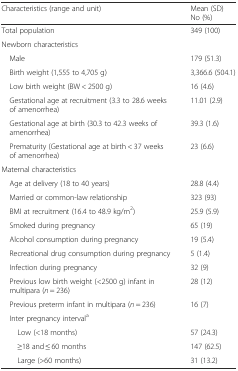
<table><thead><tr><td><b>Characteristics (range and unit)</b></td><td><b>Mean (SD)No (%)</b></td></tr></thead><tbody><tr><td>Total population</td><td>349 (100)</td></tr><tr><td>Newborn characteristics</td><td></td></tr><tr><td> Male</td><td>179 (51.3)</td></tr><tr><td> Birth weight (1,555 to 4,705 g)</td><td>3,366.6 (504.1)</td></tr><tr><td> Low birth weight (BW &lt; 2500 g)</td><td>16 (4.6)</td></tr><tr><td> Gestational age at recruitment (3.3 to 28.6 weeks of amenorrhea)</td><td>11.01 (2.9)</td></tr><tr><td> Gestational age at birth (30.3 to 42.3 weeks of amenorrhea)</td><td>39.3 (1.6)</td></tr><tr><td> Prematurity (Gestational age at birth &lt; 37 weeks of amenorrhea)</td><td>23 (6.6)</td></tr><tr><td>Maternal characteristics</td><td></td></tr><tr><td> Age at delivery (18 to 40 years)</td><td>28.8 (4.4)</td></tr><tr><td> Married or common-law relationship</td><td>323 (93)</td></tr><tr><td> BMI at recruitment (16.4 to 48.9 kg/m<sup>2</sup>)</td><td>25.9 (5.9)</td></tr><tr><td> Smoked during pregnancy</td><td>65 (19)</td></tr><tr><td> Alcohol consumption during pregnancy</td><td>19 (5.4)</td></tr><tr><td> Recreational drug consumption during pregnancy</td><td>5 (1.4)</td></tr><tr><td> Infection during pregnancy</td><td>32 (9)</td></tr><tr><td> Previous low birth weight (&lt;2500 g) infant in multipara (<i>n</i> = 236)</td><td>28 (12)</td></tr><tr><td> Previous preterm infant in multipara (<i>n</i> = 236)</td><td>16 (7)</td></tr><tr><td> Inter pregnancy interval<sup>a</sup></td><td></td></tr><tr><td>Low (&lt;18 months)</td><td>57 (24.3)</td></tr><tr><td>≥18 and ≤ 60 months</td><td>147 (62.5)</td></tr><tr><td>Large (&gt;60 months)</td><td>31 (13.2)</td></tr></tbody></table>